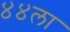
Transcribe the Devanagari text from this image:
४४ला